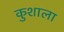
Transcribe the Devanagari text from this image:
कुशाला